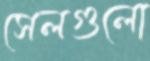
সেলগুলো